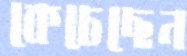
কেচেছেন